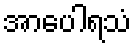
အာပေါရသံ